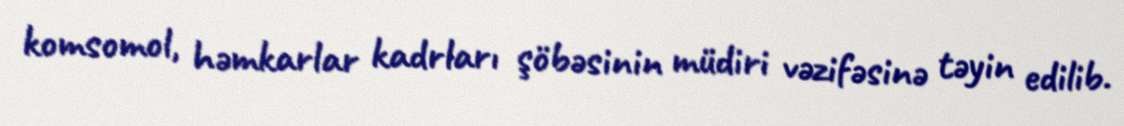
komsomol, həmkarlar kadrları şöbəsinin müdiri vəzifəsinə təyin edilib.